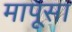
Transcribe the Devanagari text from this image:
मापूसा